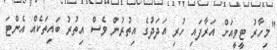
"މިހާރު ޓީވީއަށް އަރާފައި ހުރި އަދަދުގެ އިތުރުން ވެސް އިތުރު ބައިތަކެއް އެންޓަ